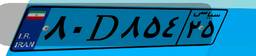
۸۰D۸۵۴۲۵